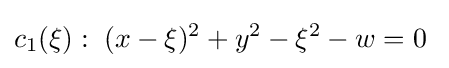
c_{1}(\xi ):\;(x-\xi )^{2}+y^{2}-\xi ^{2}-w=0\